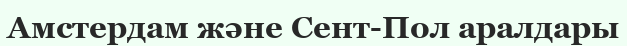
Амстердам және Сент-Пол аралдары